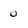
Character: 0